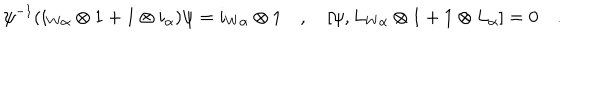
LaTeX: \psi ^ { - 1 } ( i _ { W \alpha } \otimes 1 + 1 \otimes i _ { \alpha } ) \psi = i _ { W \alpha } \otimes 1 \quad , \quad [ \psi , L _ { W \alpha } \otimes 1 + 1 \otimes L _ { \alpha } ] = 0 \quad .